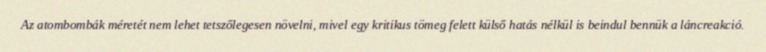
Az atombombák méretét nem lehet tetszőlegesen növelni, mivel egy kritikus tömeg felett külső hatás nélkül is beindul bennük a láncreakció.